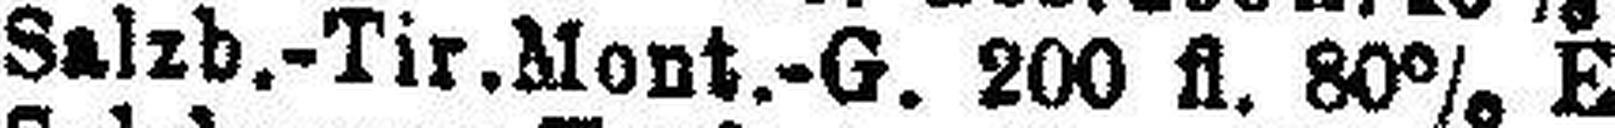
Salzb.-Tir.Mont.-G. 200 fl. 80% E.